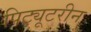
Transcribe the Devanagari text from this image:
पिट्यूटरीन